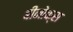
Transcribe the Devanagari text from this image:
बीनोक्स